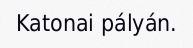
Katonai pályán.